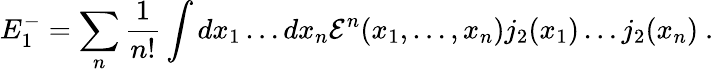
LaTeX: E_{1}^{-}=\sum_{n}\frac 1{n!}\int dx_{1}\dots dx_{n}{\cal E}^{n}(x_{1},\dots,x_{n})j_{2}(x_{1})\dots j_{2}(x_{n})\ .